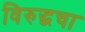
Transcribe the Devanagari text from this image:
विरुद्धचा